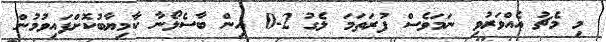
މި މެޗު އެއްވަރުވި ނަމަވެސް ފުރަތަމަ ލެގު 2-0 އިން ބާސެލޯނާ ކާމިޔާބުކޮށްފައިވުމުން